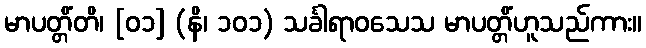
မာပတ္တိံတိ၊ [၀၁] (နိ၊ ၁၀၁) သင်္ခါရာဝသေသ မာပတ္တိံဟူသည်ကား။